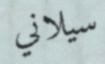
سيلاني